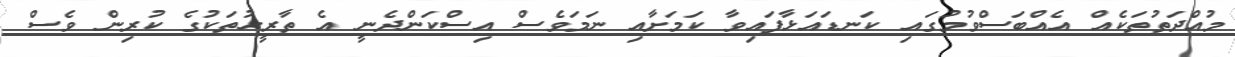
މުއްދަތުތަކެއް އެއްބަސްވުމުގައި ކަނޑައަޅާފައިވާ ކަމަށާއި ނަމަވެސް އިސްކަންދެނީ އެ ތާރީހުތަކުގެ ކުރިން ވެސް